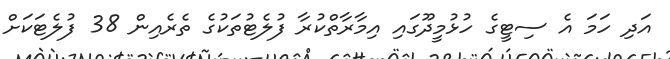
އަދި ހަމަ އެ ސިޓީގެ ހުޅުމީދޫގައި އިމާރާތްކުރާ ފުލެޓުތަކުގެ ތެރެއިން 38 ފުލެޓަކަށް